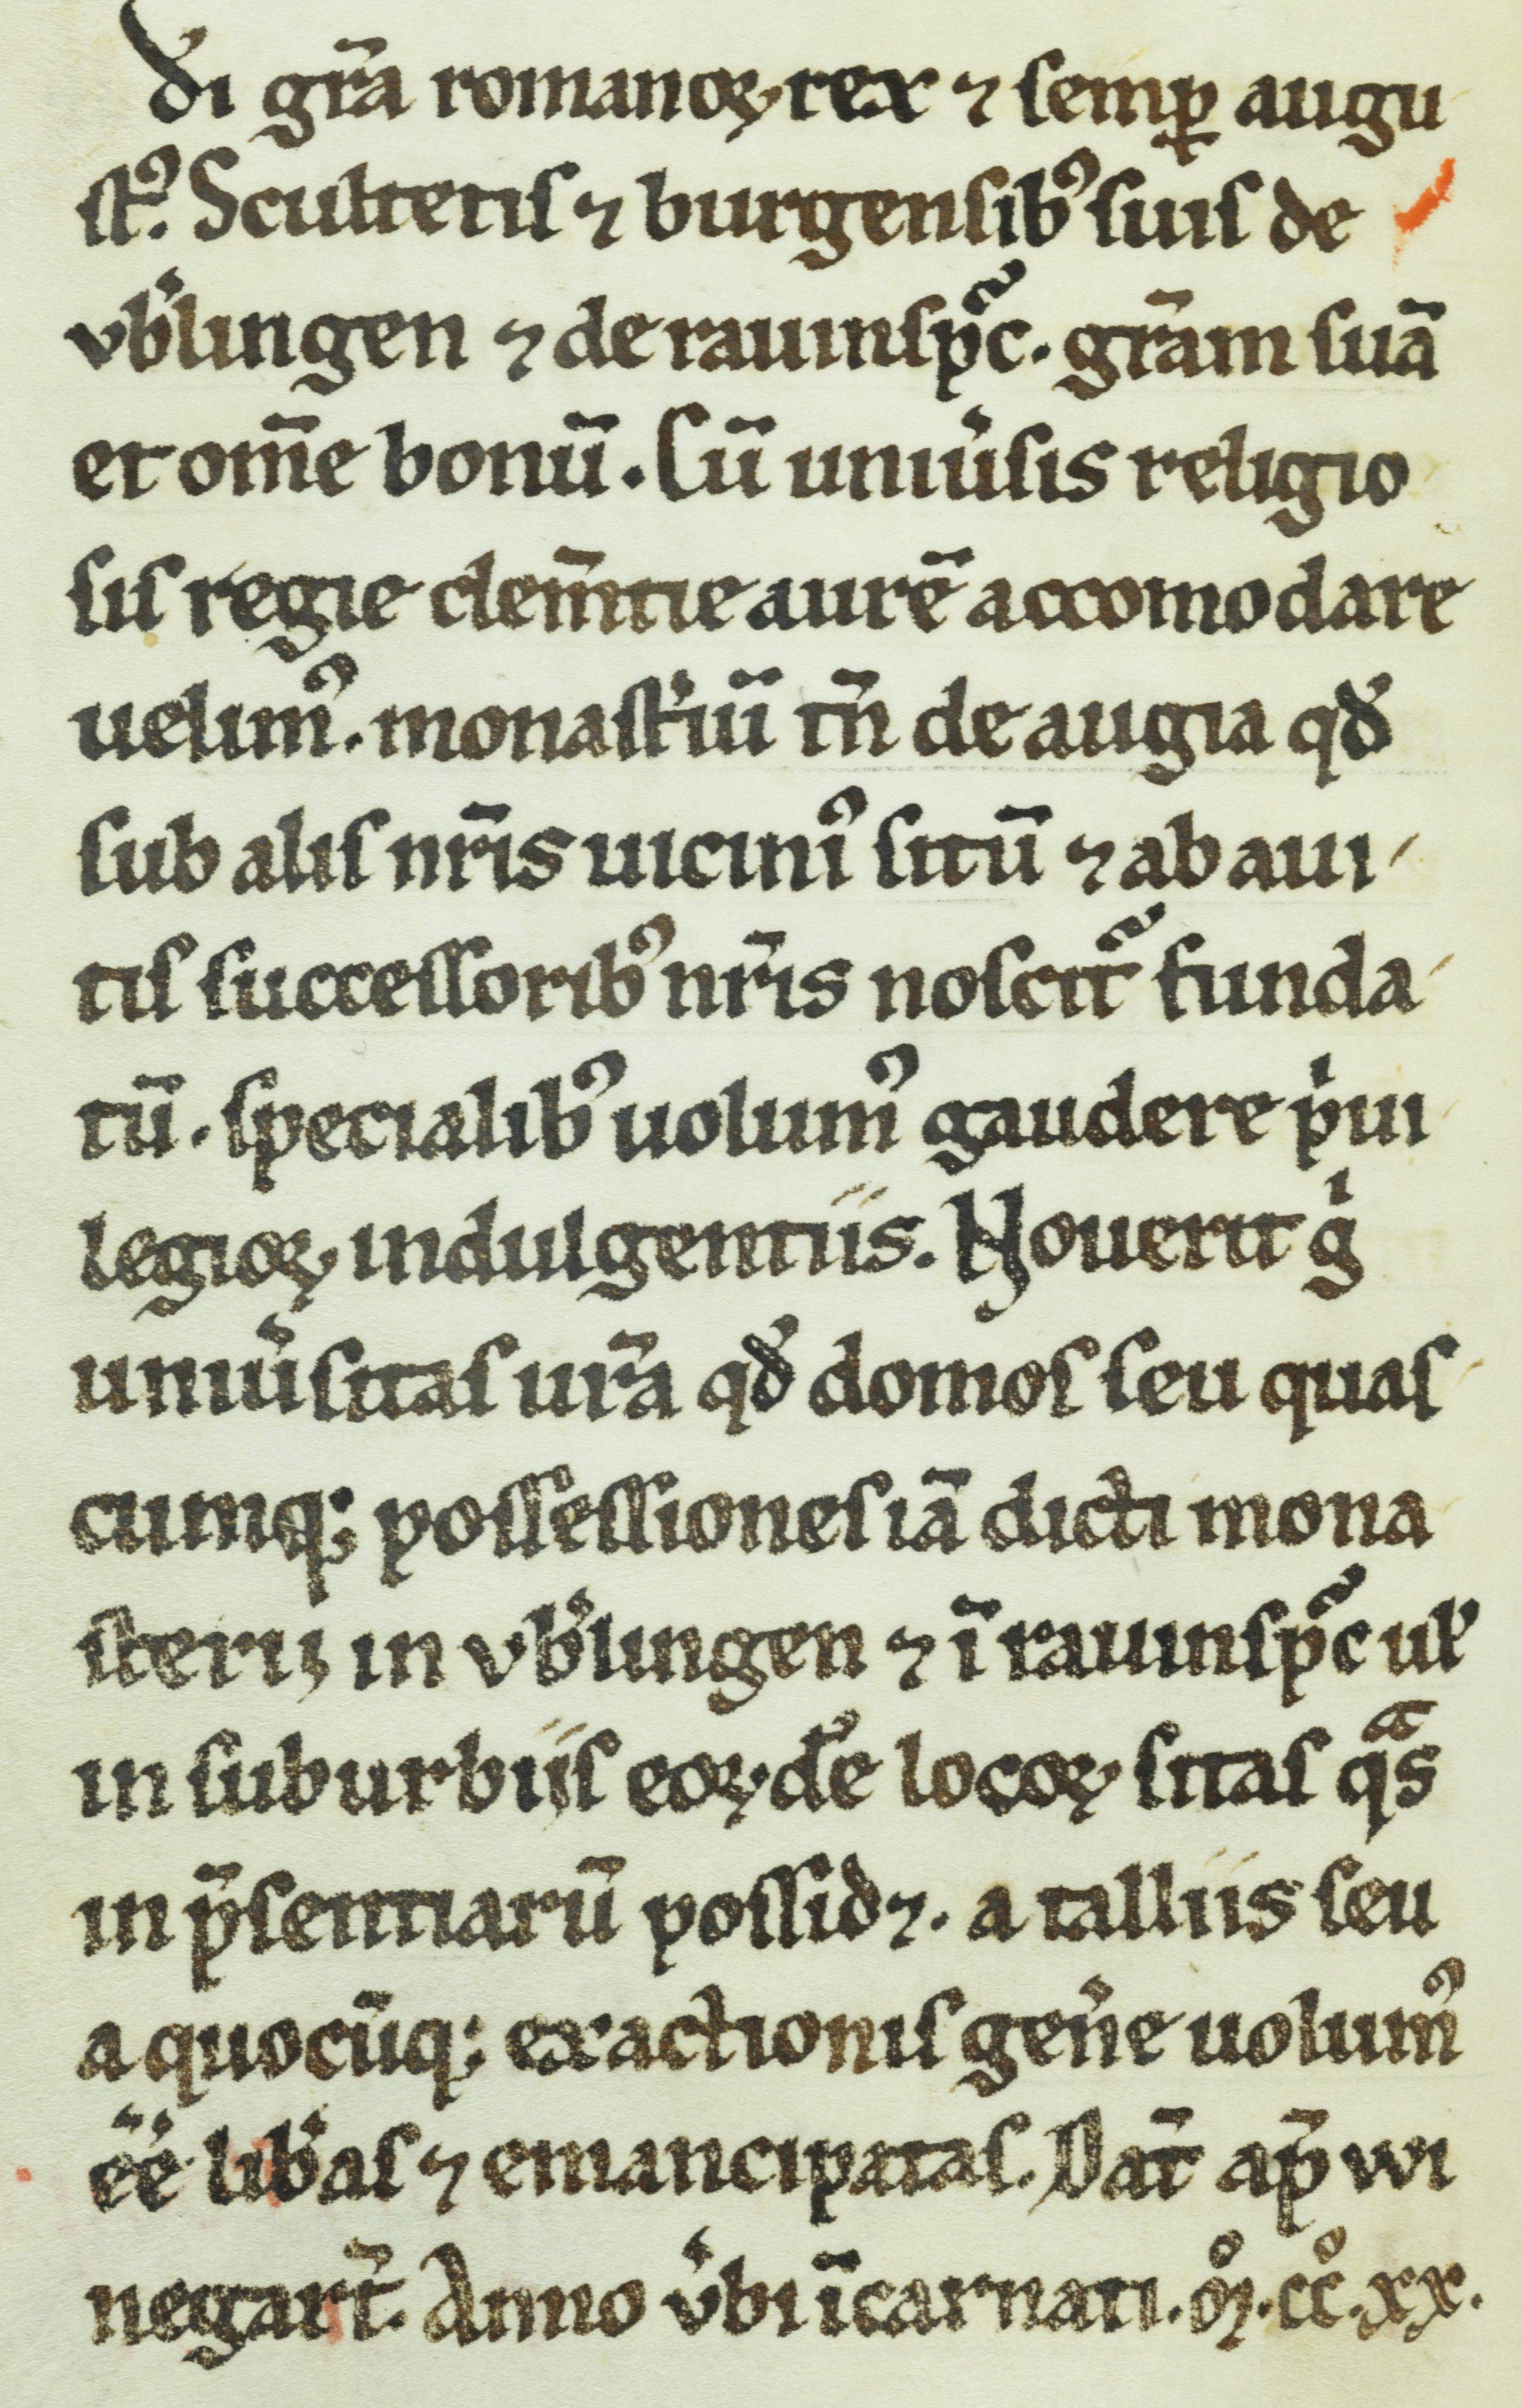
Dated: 1200–1399